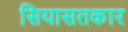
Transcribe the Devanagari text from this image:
सियासतकार